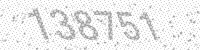
Solution: 138751